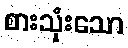
စားသုံးသော